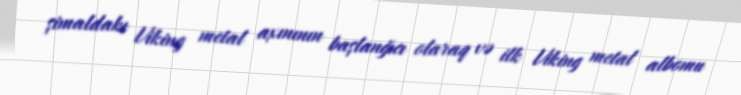
şimaldakı Viking metal axınının başlanğıcı olaraq və ilk Viking metal albomu